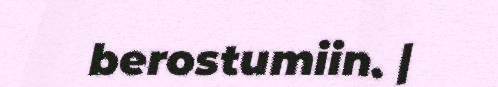
berostumiin. |